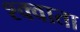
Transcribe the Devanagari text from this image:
श्क्वाता